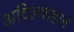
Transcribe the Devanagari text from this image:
अदिलशहाने